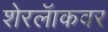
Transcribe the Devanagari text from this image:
शेरलॅाकवर